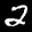
Label: 2